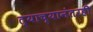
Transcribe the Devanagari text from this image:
त्याच्यानंतरही